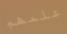
علمهم